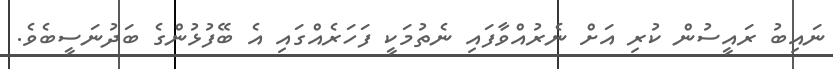
ނައިބު ރައީސުން ކުރި އަށް ނެރުއްވާފައި ނެތުމަކީ ފަހަރެއްގައި އެ ބޭފުޅުންގެ ބަދުނަސީބެވެ.